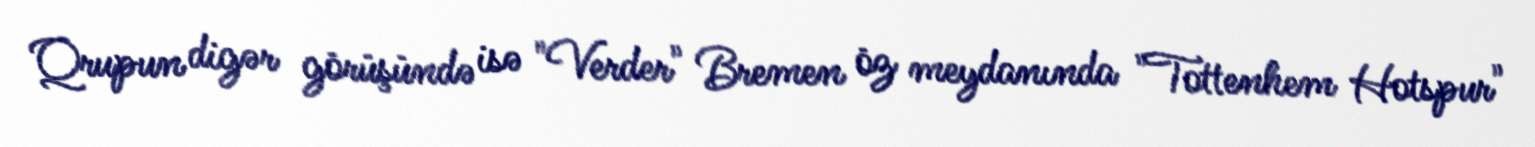
Qrupun digər görüşündə isə "Verder" Bremen öz meydanında "Tottenhem Hotspur"